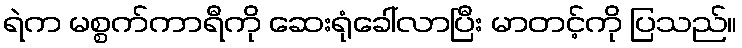
ရဲက မစ္စက်ကာရီကို ဆေးရုံခေါ်လာပြီး မာတင့်ကို ပြသည်။